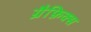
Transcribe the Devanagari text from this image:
ग्रैफ़िक्स